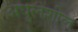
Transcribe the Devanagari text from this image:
अघुलशील